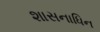
શાસનાધિન